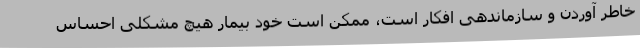
خاطر آوردن و سازماندهی افکار است، ممکن است خود بیمار هیچ مشکلی احساس